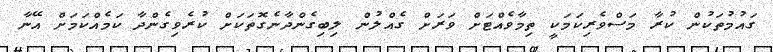
ގައުމުތަކުން ކުރާ މަސްވެރިކަމަކީ ތިމާވެއްޓަށް ވަރަށް ގެއްލުން ލިބިގެންދާނެގޮތަކަށް ކުރެވިގެންދާ ކަމެއްކަމަށް އޭނާ